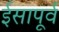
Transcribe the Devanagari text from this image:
र्इसापूर्व